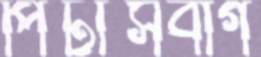
পিটার্সবার্গ